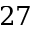
2 7